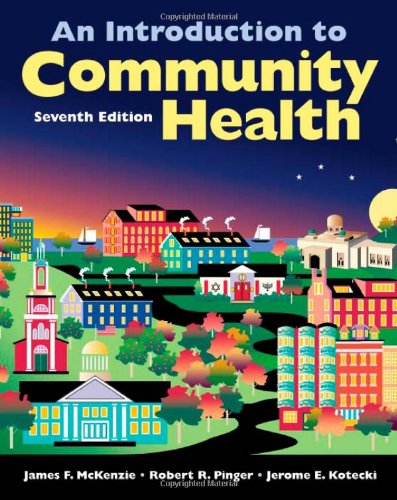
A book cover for An Introduction to Community Health; James F. McKenzie; Medical Books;